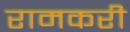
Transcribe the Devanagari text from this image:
रामकरी